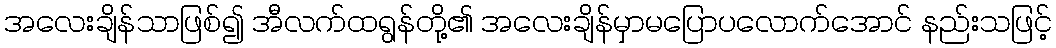
အလေးချိန်သာဖြစ်၍ အီလက်ထရွန်တို့၏ အလေးချိန်မှာမပြောပလောက်အောင် နည်းသဖြင့်